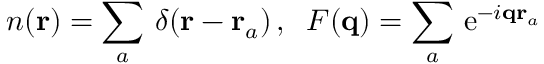
n ( { \bf r } ) = \sum _ { a } \, \delta ( { \bf r } - { \bf r } _ { a } ) \, , \; \; F ( { \bf q } ) = \sum _ { a } \, \mathrm { e } ^ { - i { \bf q } { \bf r } _ { a } }